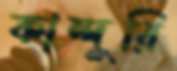
কান্দুরি